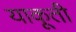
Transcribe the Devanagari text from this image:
याकूती